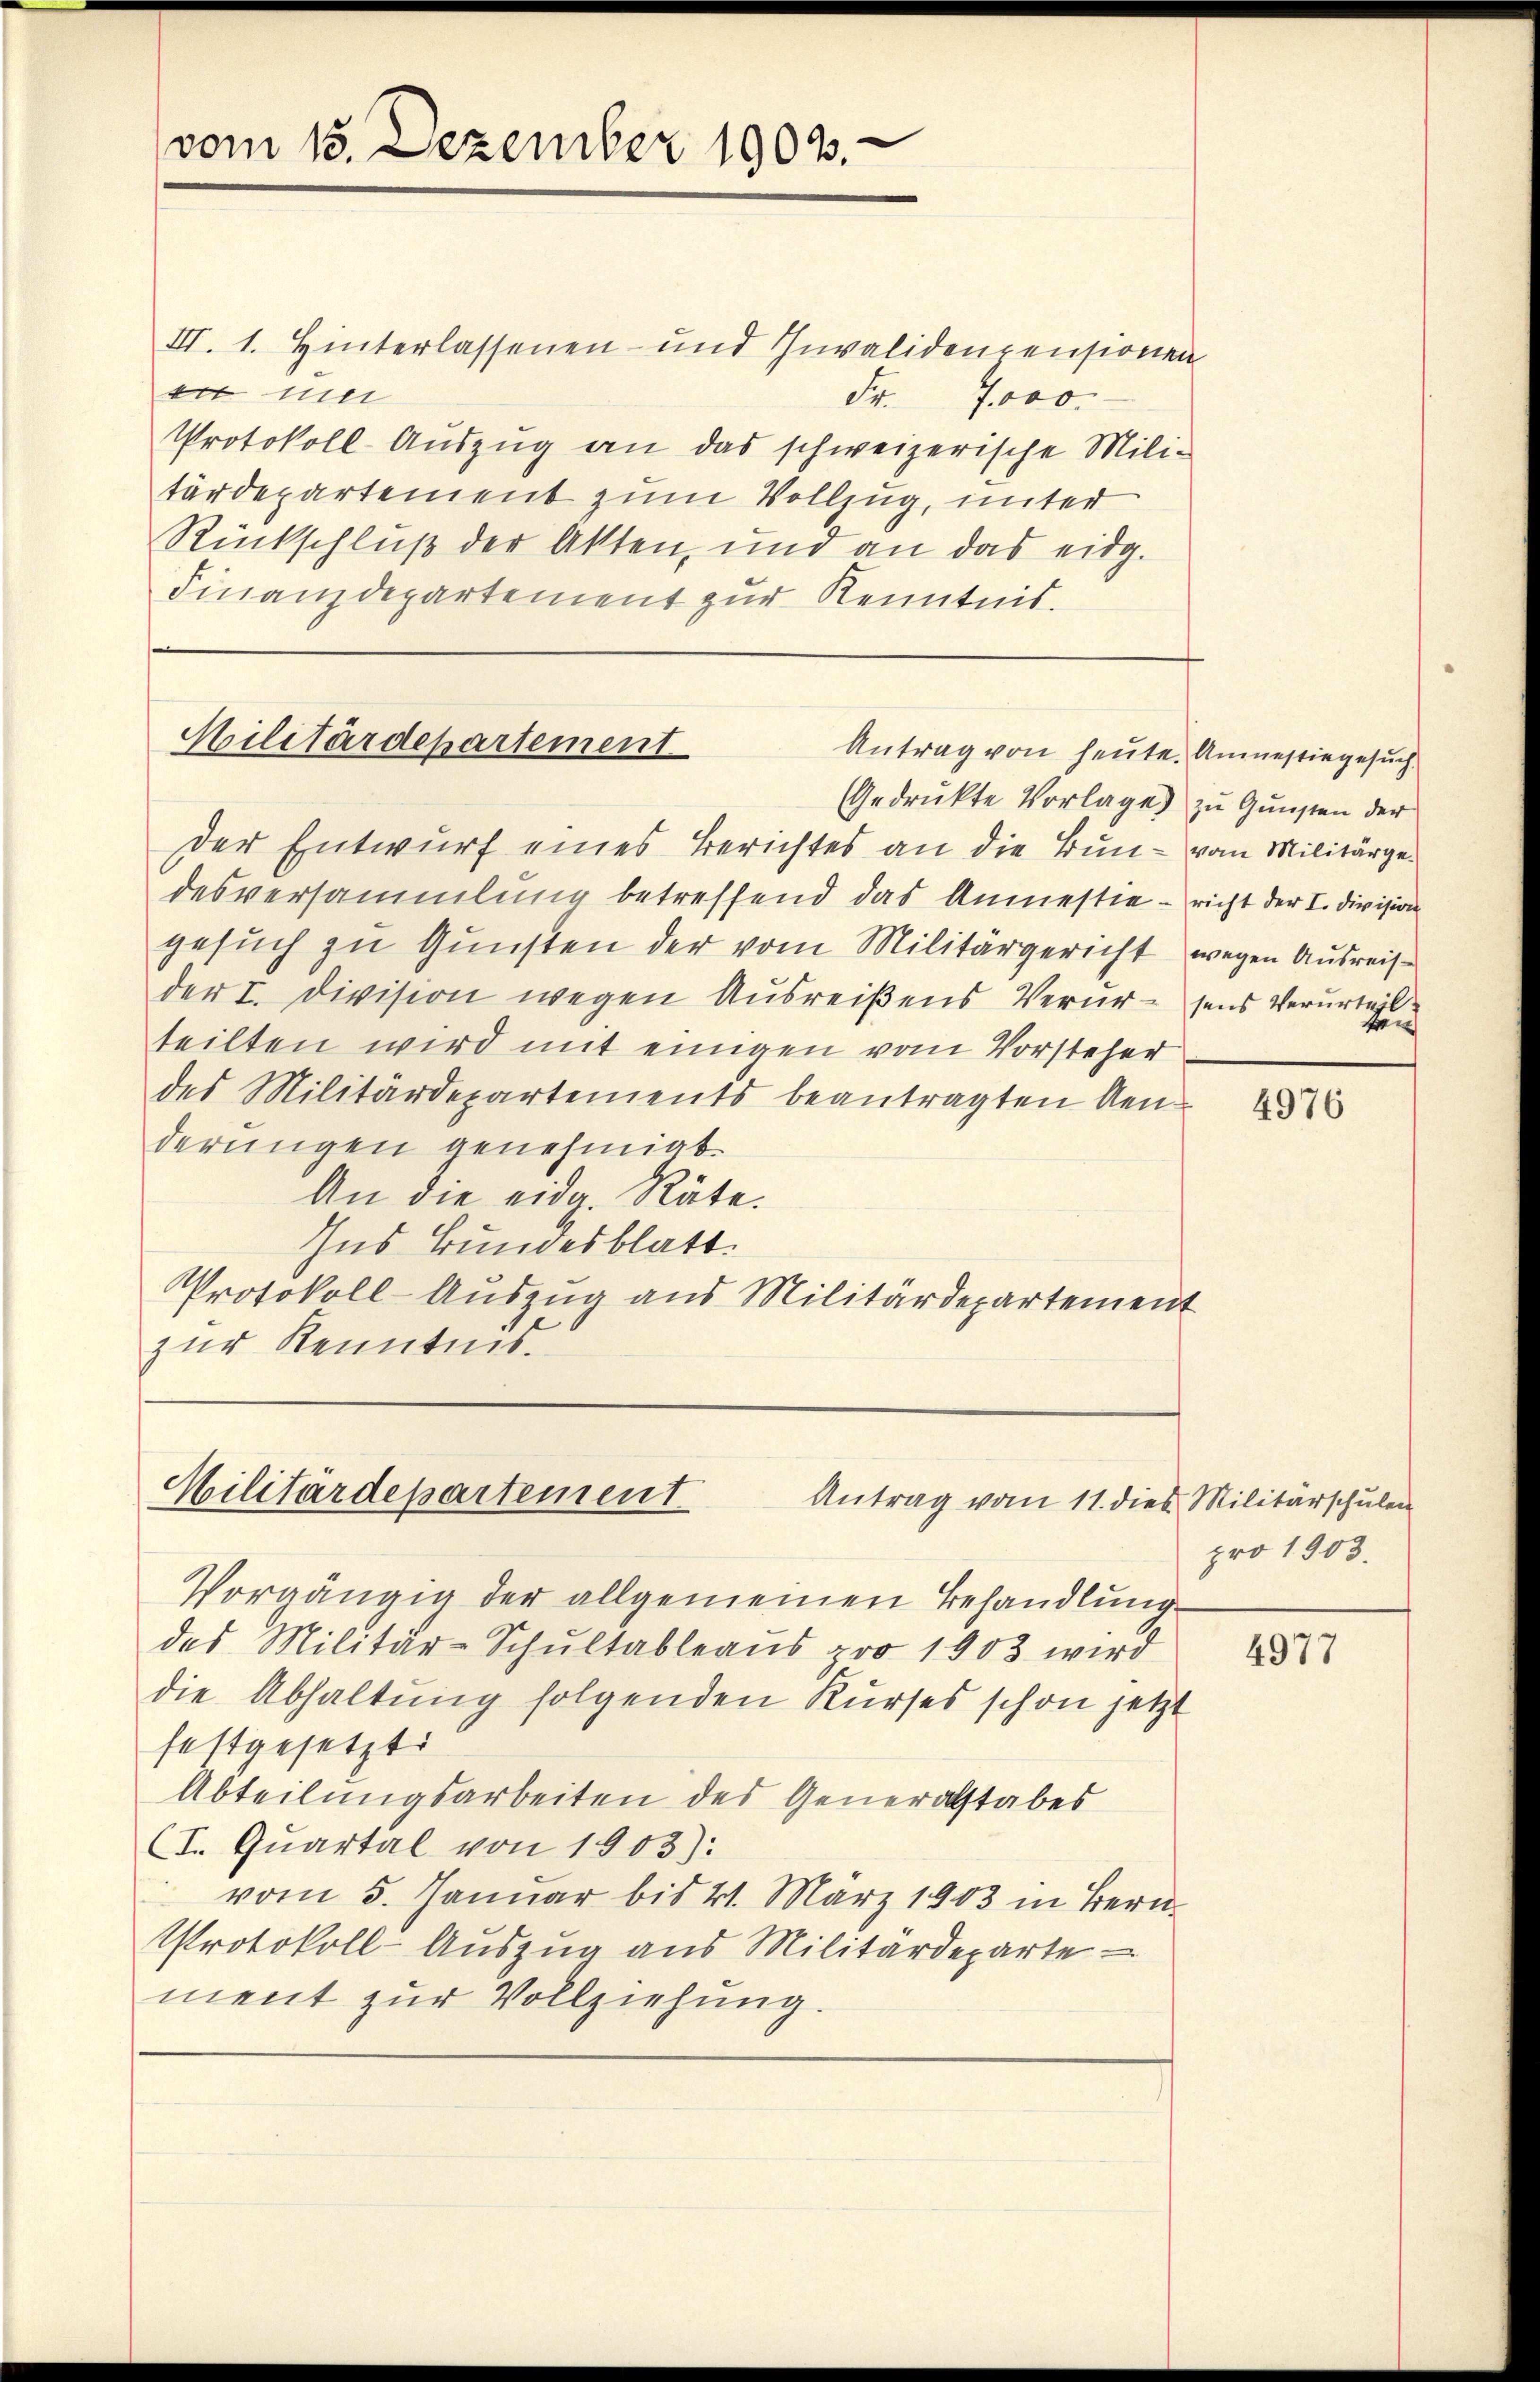
vom 15. Dezember 1903.

III. 1. Hinterlassenen- und Invalidenpensionen
eit un
Fr. 7000.
Protokoll-Auszug an das schweizerische Mili-
tärdepartement zum Vollzug, unter
Rückschluß der Akten, und an das eidg.
Finanzdepartement zur Kenntnis.

Militärdepartement
Antrag von heute. Amnestiegesuch

Militärdepartement
Antrag vom 11. dies Militärschulen

Vorgängig der allgemeinen Behandlung
des Militär-Schŭltableaŭs pro 1903 wird
die Abhaltung folgenden Kurses schon jetzt
festgesetzt
Abteilungsarbeiten des Generalstabes
(I. Quartal von 1903):
vom 5. Januar bis 21. März 1903 in Bern
Protokoll-Auszug aus Militärdeparte
ment zur Vollziehung.

en

Gedruckte Vorlage) zu Gunsten der
Der Entwurf eines Berichtes an die Bun- vom Militärgedesversammlung betreffend das Anmestie – richt der I. Division
gesuch zu Gunsten der vom Militärgericht wegen Ausreisder I. Division wegen Ausreißens Verur-sens Verurteil
teilten wird mit einigen vom Vorsteher
des Militärdepartements beantragten Kenderungen genehmigt.
An die eidg. Räte.
Ins Bundesblatt.
Protokoll-Auszug aus Militärdepartement
zur Kenntnis.

4976

pro 1903.

4977